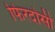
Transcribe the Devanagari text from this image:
फिरदोसी